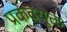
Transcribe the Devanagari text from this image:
प्रकंदयुक्त